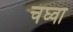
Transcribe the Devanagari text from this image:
चंघ्वा